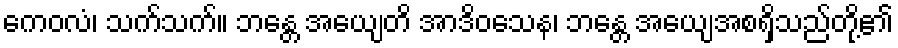
ကေဝလံ၊ သက်သက်။ ဘန္တေ အယျေတိ အာဒိဝသေန၊ ဘန္တေ အယျေအစရှိသည်တို့၏